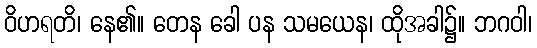
ဝိဟရတိ၊ နေ၏။ တေန ခေါ ပန သမယေန၊ ထိုအခါ၌။ ဘဂဝါ၊